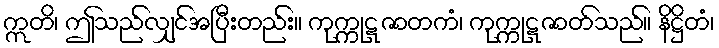
ဣတိ၊ ဤသည်လျှင်အပြီးတည်း။ ကုက္ကုဋဇာတကံ၊ ကုက္ကုဋဇာတ်သည်။ နိဋ္ဌိတံ၊